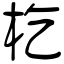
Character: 杚